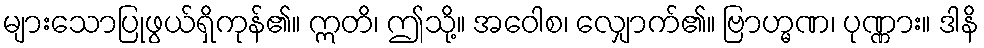
များသောပြုဖွယ်ရှိကုန်၏။ ဣတိ၊ ဤသို့။ အဝေါစ၊ လျှောက်၏။ ဗြာဟ္မဏ၊ ပုဏ္ဏား။ ဒါနိ